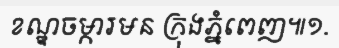
ខណ្ឌចម្ការមន ក្រុងភ្នំពេញ៕១.